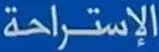
الإستراحة